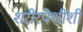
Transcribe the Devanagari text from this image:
शरीरपेशींशी